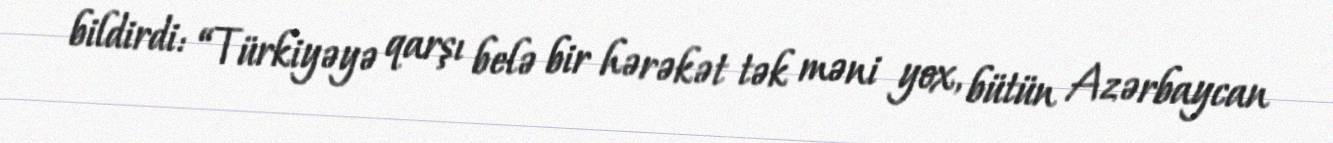
bildirdi: “Türkiyəyə qarşı belə bir hərəkət tək məni yox, bütün Azərbaycan